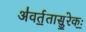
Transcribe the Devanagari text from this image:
अ॑वर्त॒तासु॒रेकः॒